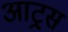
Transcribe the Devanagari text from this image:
आट्र्स